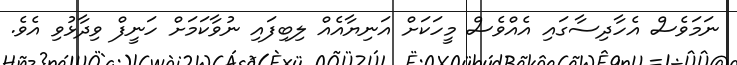
ނަމަވެސް އެހާދިސާގައި އެެއްވެސް މީހަކަށް އަނިޔާއެއް ލިބިފައި ނުވާކަމަށް ހަނީފް ވިދާޅުވި އެވެ.